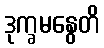
ဒုက္ခမနွေတိ